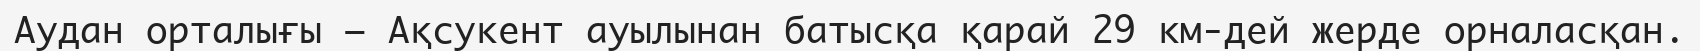
Аудан орталығы – Ақсукент ауылынан батысқа қарай 29 км-дей жерде орналасқан.